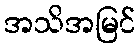
အသိအမြင်